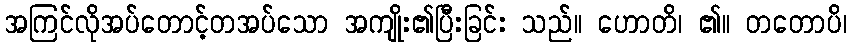
အကြင်လိုအပ်တောင့်တအပ်သော အကျိုး၏ပြီးခြင်း သည်။ ဟောတိ၊ ၏။ တတောပိ၊